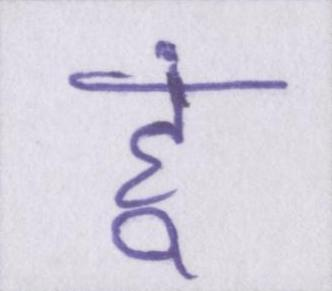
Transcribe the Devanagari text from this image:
हूं